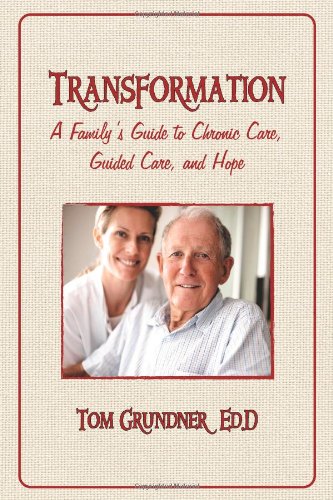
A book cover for Transformation: A Family's Guide to Chronic Care, Guided Care, and Hope; Tom Grundner; Medical Books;